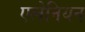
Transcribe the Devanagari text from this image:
एलेनियन